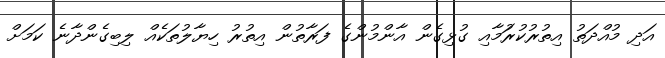
އަދި މުއްދަތު އިތުރުކުރަުމާއި ގުޅިގެން އާންމުންގެ ފަރާތުން އިތުރު ހިޔާލުތަކެއް ލިބިގެންދާނެ ކަމަށް